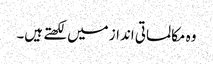
وہ مکالماتی انداز میں لکھتے ہیں۔